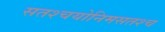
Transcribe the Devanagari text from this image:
सतश्चयोनिमसतश्च